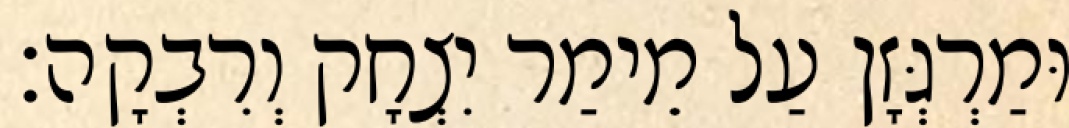
וּמַרְגְּזָן עַל מֵימַר יִצְחָק וְרִבְקָה׃